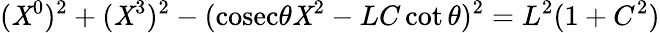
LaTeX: (\mathit{X}^{0})^{2}+(\mathit{X}^{3})^{2}-(\mathrm{{cosec}}\theta\mathit{X}^{2}-LC\cot\theta)^{2}=L^{2}(1+C^{2})